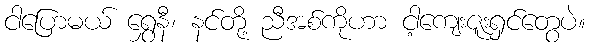
ငါပြောမယ် ရွှေနီ၊ နင်တို့ ညီအစ်ကိုဟာ ငါ့ကျေးဇူးရှင်တွေပဲ။